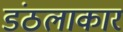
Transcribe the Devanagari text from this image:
डंठलाकार